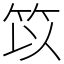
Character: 笖